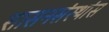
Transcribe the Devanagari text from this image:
शासनसंस्थांस